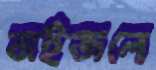
বাইজলে